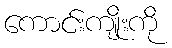
ကောင်းကျိုးကို